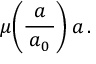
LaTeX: \, \mu \! \left( { \frac { a } { \, a _ { 0 } \, } } \right) a \, .